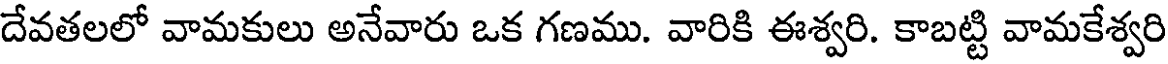
దేవతలలో వామకులు అనేవారు ఒక గణము. వారికి ఈశ్వరి. కాబట్టి వామకేశ్వరి